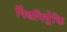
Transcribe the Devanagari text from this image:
पिंडनिर्युक्ति